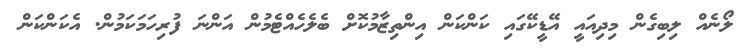
ލޯނެއް ލިބިގެން މިދިއައީ އޭޑީކޭގައި ކަންކަން އިންތިޒާމުކޮށް ބެލެހެއްޓެމުން އަންނަ ފުރިހަމަކަމުން. އެކަންކަން